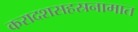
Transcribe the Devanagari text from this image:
करादशसहस्रनामात